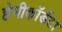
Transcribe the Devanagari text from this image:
हेमीकॉर्डेटा